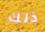
ذلك